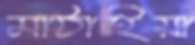
মাঠাইয়া